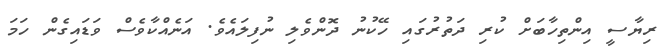
ރިޔާސީ އިންތިހާބަށް ކުރި ދަތުރުގައި ހޭކުނު ދޮންްވެލި ނުފިލައެވެ. އަނެއްކާވެސް ވަޑައިގެން ހަމަ